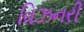
વિઝનરી